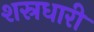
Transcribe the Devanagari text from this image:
शस्रधारी